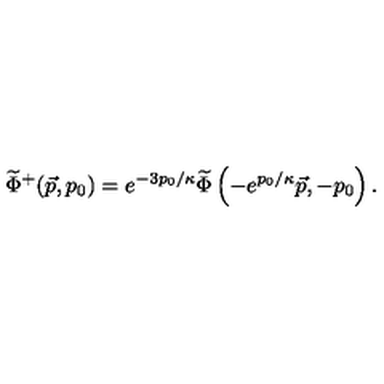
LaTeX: { \widetilde { \Phi } } ^ { + } ( \vec { p } , p _ { 0 } ) = e ^ { - { 3 p _ { 0 } / \kappa } } { \widetilde { \Phi } } \left( - e ^ { p _ { 0 } / \kappa } \vec { p } , - p _ { 0 } \right) .